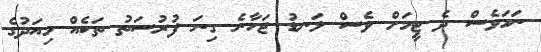
ނަމަވެސް ދެ ޓީމަށް ވެސް ލަނޑު ޖަހާނެ ގިނަ ފުރުސަތު ތަކެއް މިއަދުގެ